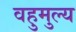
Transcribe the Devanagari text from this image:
वहुमुल्य